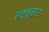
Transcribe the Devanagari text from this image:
राष्ट्रनुसार